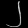
Digit: ၂